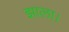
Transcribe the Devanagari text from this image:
झाला।